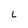
Character: 6